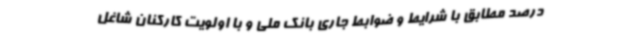
درصد مطابق با شرایط و ضوابط جاری بانک ملی و با اولویت کارکنان شاغل